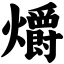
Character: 爝